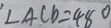
\angle A C D = 4 8 ^ { \circ }